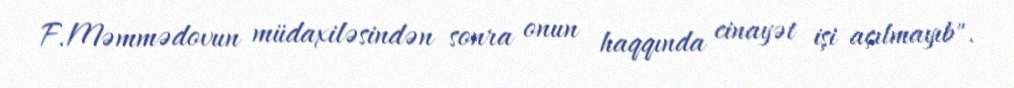
F.Məmmədovun müdaxiləsindən sonra onun haqqında cinayət işi açılmayıb".